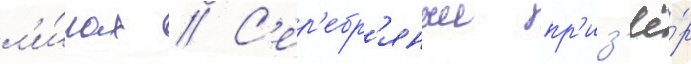
л'и́гах // С'ер'ебр'яныи пр'из'ё́р